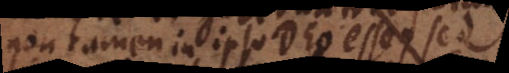
non tamen in ipso Deo esse, sed